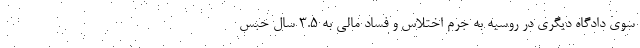
سوی دادگاه دیگری در روسیه به جرم اختلاس و فساد مالی به 3.5 سال حبس